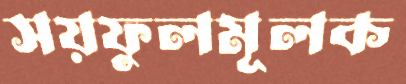
সয়ফুলমূলক